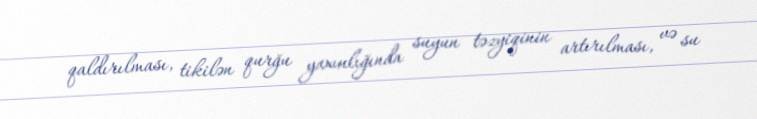
qaldırılması, tikilən qurğu yaxınlığında suyun təzyiqinin artırılması, və su